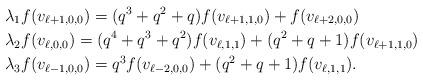
LaTeX: \begin{align*}&\lambda_1f(v_{\ell+1,0,0})=(q^3+q^2+q)f(v_{\ell+1,1,0})+f(v_{\ell+2,0,0})\\&\lambda_2f(v_{\ell,0,0})=(q^4+q^3+q^2)f(v_{\ell,1,1})+(q^2+q+1)f(v_{\ell+1,1,0})\\&\lambda_3f(v_{\ell-1,0,0})=q^3f(v_{\ell-2,0,0})+(q^2+q+1)f(v_{\ell,1,1}).\end{align*}